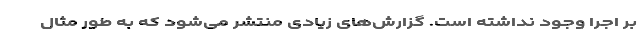
بر اجرا وجود نداشته است. گزارش‌های زیادی منتشر می‌شود که به طور مثال